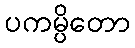
ပကမ္ပိတော